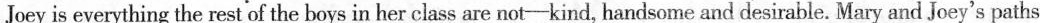
Joey is everything the restof the boys in her class are not-kind, handsome and desirable. Mary and Joey's paths